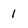
Character: 1